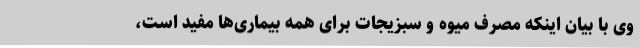
وی با بیان اینکه مصرف میوه و سبزیجات برای همه بیماری‌ها مفید است،